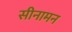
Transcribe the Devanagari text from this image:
सीनामन